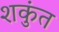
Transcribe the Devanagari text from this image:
शकुंत